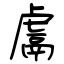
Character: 鬳